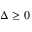
\Delta \geq 0